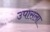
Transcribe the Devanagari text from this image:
उपासला